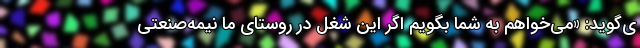
ی‌گوید: «می‌خواهم به شما بگویم اگر این شغل در روستای ما نیمه‌صنعتی